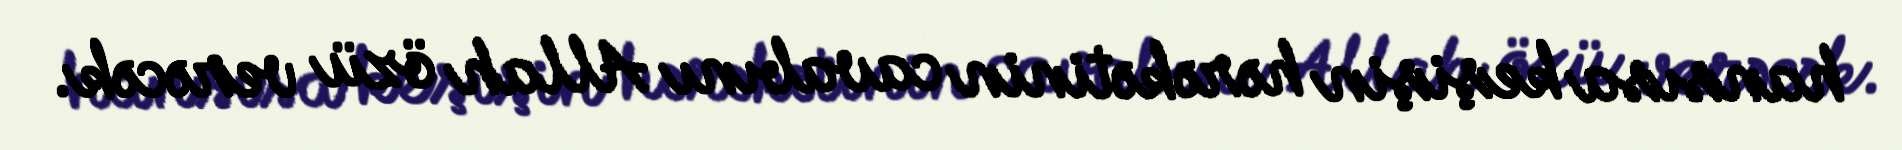
hansısa keşişin hərəkətinin cavabını Allah özü verəcək.